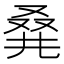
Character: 𠭌